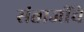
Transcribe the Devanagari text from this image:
संताजींचे